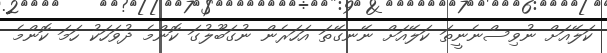
ކަލޭއަށް ނުވިސްނެނީތަ ކަލޭއަށް ނޭނގޭތަ އަހަރެން ނުގަބޫލުގަ ކޮންމެ ދުވަހަކު ހަމަ ކޮންމެ